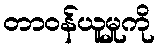
တာဝန်ယူမှုကို